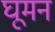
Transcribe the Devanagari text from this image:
घूमन